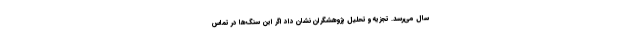
سال می‌رسد. تجزیه و تحلیل پژوهشگران نشان داد اگر این سنگ‌ها در تماس